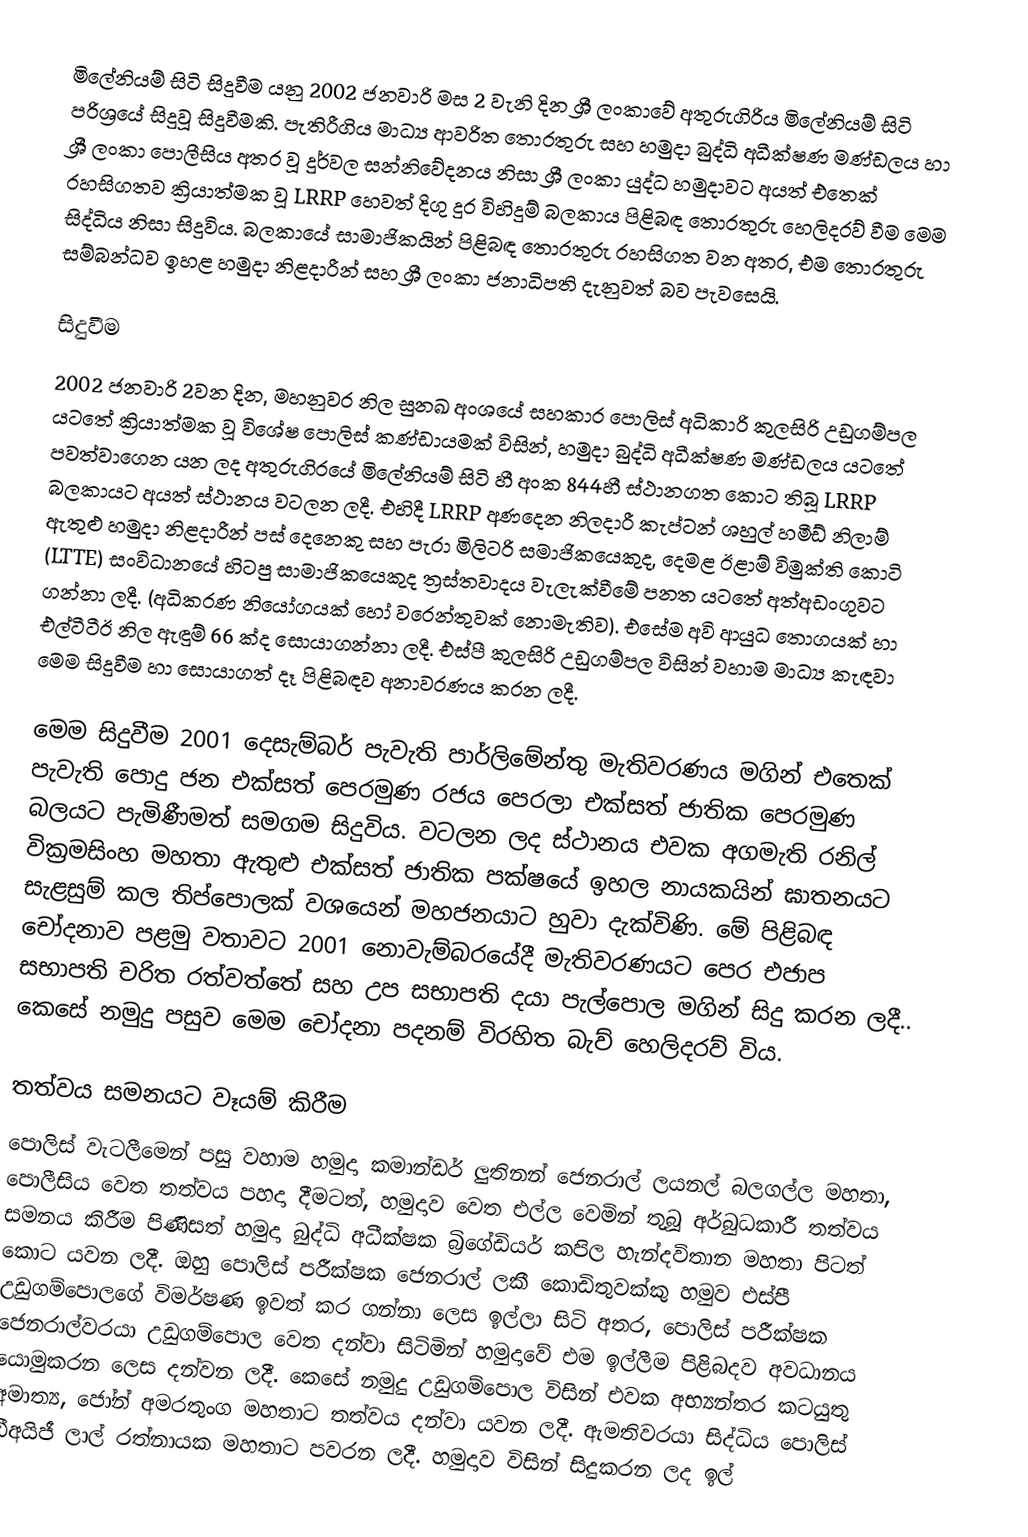
මිලේනියම් සිටි සිදුවීම යනු 2002 ජනවාරි මස 2 වැනි දින ශ්‍රී ලංකාවේ අතුරුගිරිය මිලේනියම් සිටි පරිශ්‍රයේ සිදුවූ සිදුවීමකි. පැතිරීගිය මාධ්‍ය ආවරිත තොරතුරු සහ හමුදා බුද්ධි අධීක්ෂණ මණ්ඩලය හා ශ්‍රී ලංකා පොලීසිය අතර වූ දුර්වල සන්නිවේදනය නිසා ශ්‍රී ලංකා යුද්ධ හමුදාවට අයත් එතෙක් රහසිගතව ක්‍රියාත්මක වූ LRRP හෙවත් දිගු දුර විහිදුම් බලකාය පිළිබඳ තොරතුරු හෙලිදරව් වීම මෙම සිද්ධිය නිසා සිදුවිය. බලකායේ සාමාජිකයින් පිළිබඳ තොරතුරු රහසිගත වන අතර, එම තොරතුරු සම්බන්ධව ඉහළ හමුදා නිළදාරීන් සහ ශ්‍රී ලංකා ජනාධිපති දැනුවත් බව පැවසෙයි.

සිදුවීම
2002 ජනවාරි 2වන දින, මහනුවර නිල සුනඛ අංශයේ සහකාර පොලිස්‌ අධිකාරි කුලසිරි උඩුගම්පල යටතේ ක්‍රියාත්මක වූ විශේෂ පොලිස් කණ්ඩායමක් විසින්, හමුදා බුද්ධි අධීක්ෂණ මණ්ඩලය යටතේ පවත්වාගෙන යන ලද අතුරුගිරයේ මිලේනියම් සිටි හී අංක 844හී ස්ථානගත කොට තිබූ LRRP බලකායට අයත් ස්ථානය වටලන ලදී. එහිදී LRRP අණදෙන නිලදාරී කැප්ටන් ශහුල් හමීඩ් නිලාම් ඇතුළු හමුදා නිළදාරීන් පස් දෙනෙකු සහ පැරා මිලිටරි සමාජිකයෙකුද, දෙමළ ඊළාම් විමුක්ති කොටි (LTTE) සංවිධානයේ හිටපු සාමාජිකයෙකුද ත්‍රස්තවාදය වැලැක්වීමේ පනත යටතේ අත්අඩංගුවට ගන්නා ලදී. (අධිකරණ නියෝගයක් හෝ වරෙන්තුවක් නොමැතිව). එසේම අවි ආයුධ තොගයක් හා එල්ටීටීඊ නිල ඇඳුම් 66 ක්ද සොයාගන්නා ලදී. එස්පී කුලසිරි උඩුගම්පල විසින් වහාම මාධ්‍ය කැඳවා මෙම සිදුවීම හා සොයාගත් දෑ පිළිබඳව අනාවරණය කරන ලදී.

මෙම සිදුවීම 2001 දෙසැම්බර් පැවැති පාර්ලිමේන්තු මැතිවරණය මගින් එතෙක් පැවැති පොදු ජන එක්සත් පෙරමුණ රජය පෙරලා එක්සත් ජාතික පෙරමුණ බලයට පැමිණීමත් සමගම සිදුවිය. වටලන ලද ස්ථානය එවක අගමැති රනිල් වික්‍රමසිංහ මහතා ඇතුළු එක්සත් ජාතික පක්ෂයේ ඉහල නායකයින් ඝාතනයට සැළසුම් කල තිප්පොලක් වශයෙන් මහජනයාට හුවා දැක්විණි. මේ පිළිබඳ චෝදනාව පළමු වතාවට 2001 නොවැම්බරයේදී මැතිවරණයට පෙර එජාප සභාපති චරිත රත්වත්තේ සහ උප සභාපති දයා පැල්පොල මගින් සිදු කරන ලදී.. කෙසේ නමුදු පසුව මෙම චෝදනා පදනම් විරහිත බැව් හෙලිදරව් විය.

තත්වය සමනයට වෑයම් කිරීම
පොලිස් වැටලීමෙන් පසු වහාම හමුදා කමාන්ඩර් ලුතිනන් ජෙනරාල් ලයනල් බලගල්ල මහතා, පොලීසිය වෙත තත්වය පහදා දීමටත්, හමුදාව වෙත එල්ල වෙමින් තුබූ අර්බුධකාරී තත්වය සමනය කිරීම පිණිසත් හමුදා බුද්ධි අධීක්ෂක බ්‍රිගේඩියර් කපිල හැන්දවිතාන මහතා පිටත් කොට යවන ලදී. ඔහු පොලිස් පරීක්ෂක ජෙනරාල් ලකී කොඩිතුවක්කු හමුව එස්පී උඩුගම්පොලගේ විමර්ෂණ ඉවත් කර ගන්නා ලෙස ඉල්ලා සිටි අතර, පොලිස් පරීක්ෂක ජෙනරාල්වරයා උඩුගම්පොල වෙත දන්වා සිටිමින් හමුදාවේ එම ඉල්ලීම පිළිබදව අවධානය යොමුකරන ලෙස දන්වන ලදී. කෙසේ නමුදු උඩුගම්පොල විසින් එවක අභ්‍යන්තර කටයුතු අමාත්‍ය, ජෝන් අමරතුංග මහතාට තත්වය දන්වා යවන ලදී. ඇමතිවරයා සිද්ධිය පොලිස් ඩීඅයිජී ලාල් රත්නායක මහතාට පවරන ලදී. හමුදාව විසින් සිදුකරන ලද ඉල්